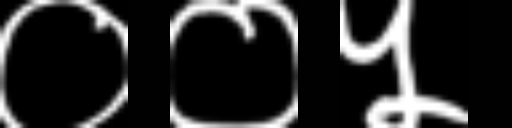
Text: ००५